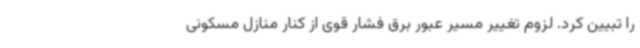
را تبیین کرد. لزوم تغییر مسیر عبور برق فشار قوی از کنار منازل مسکونی